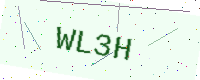
Text: WL3H